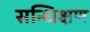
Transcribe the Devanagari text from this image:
सन्धिक्षण